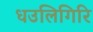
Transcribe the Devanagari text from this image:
धउलिगिरि